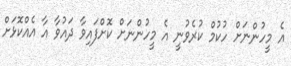
އެ މީހުންނަށް ހުކުމް ކުރެވުނީ އެ މީހުންނަށް ކޮށްފައިވާ ދައުވާ އާ އެއްކޮޅަށް